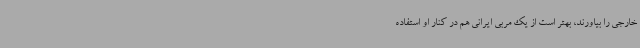
خارجی را بیاورند، بهتر است از یک مربی ایرانی هم در کنار او استفاده